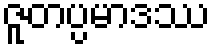
ဇူတပ္ပမာဒဿ